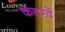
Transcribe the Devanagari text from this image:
कलरवें